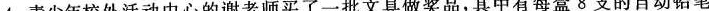
4.青少年校外活动中心的谢老师买了一批文具做奖品，其中有每盒8支的自动铅笔